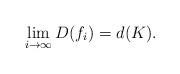
LaTeX: \begin{align*}\lim_{i\rightarrow \infty}{D(f_{i})}=d(K).\end{align*}